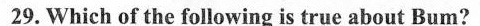
29.Which of the following is true about Bum?